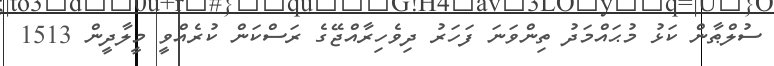
ސުލްޠާން ކަޅު މުޙައްމަދު ތިންވަނަ ފަހަރު ދިވެހިރާއްޖޭގެ ރަސްކަން ކުރެއްވީ މީލާދީން 1513